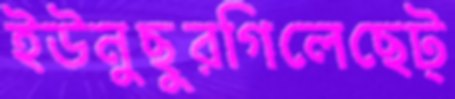
ইউনুছুরগিলেছেট্